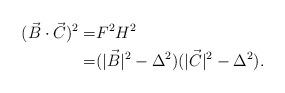
LaTeX: \begin{align*}(\vec{B}\cdot \vec{C})^2 = & F^2H^2 \\=&(|\vec{B}|^2-\Delta^2)(|\vec{C}|^2-\Delta^2).\end{align*}